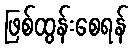
ဖြစ်ထွန်းစေရန်